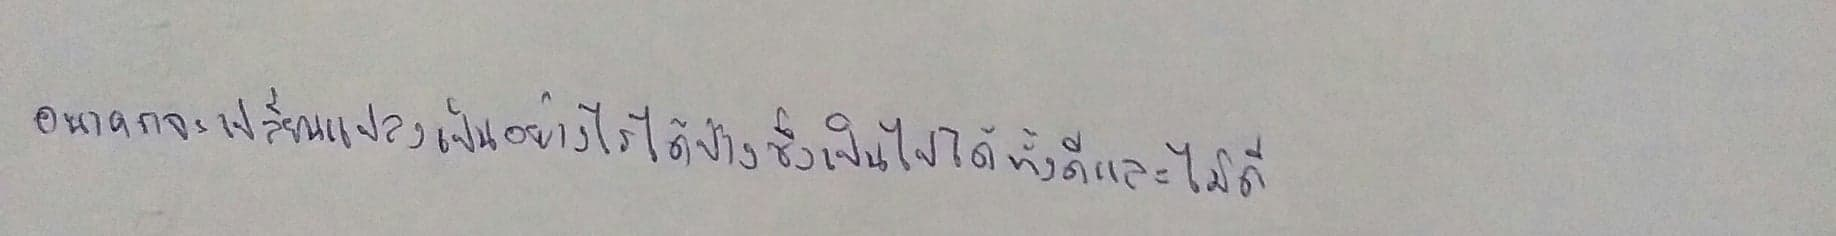
อนาคตจะเปลี่ยนแปลงเป็นอย่างไรได้บ้างซึ่งเป็นไปได้ทั้งดีและไม่ดี